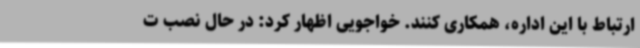
ارتباط با این اداره، همکاری کنند. خواجویی اظهار کرد: در حال نصب ت